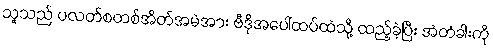
သူသည် ပလတ်စတစ်အိတ်အမဲအား ဗီဒိုအပေါ်ထပ်ထဲသို့ ထည့်ခဲ့ပြီး အံတံခါးကို